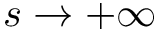
s \to + \infty